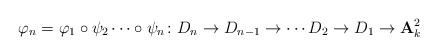
LaTeX: \begin{align*}\varphi_{n}=\varphi_{1}\circ\psi_{2}\cdots\circ\psi_{n} \colon D_{n}\to D_{n-1}\to\cdots D_{2}\to D_{1}\to{\mathbf{A}}_{k}^{2}\end{align*}